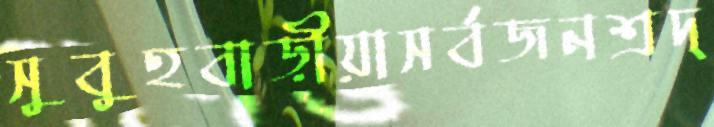
সুবুহবাড়ীয়াসর্বজনশ্রদ্